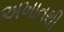
અખાતથી